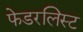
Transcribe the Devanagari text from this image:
फेडरलिस्ट